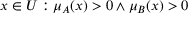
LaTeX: x \in { U } : \mu _ { A } ( x ) > 0 \land \mu _ { B } ( x ) > 0